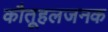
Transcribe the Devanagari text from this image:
कौतूहलजनक